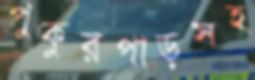
পুকুরপাড়সহ